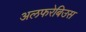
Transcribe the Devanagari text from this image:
अलफरेबिउस